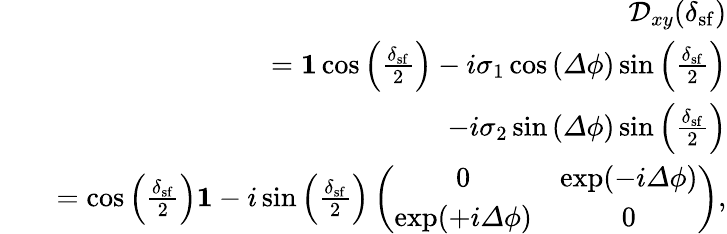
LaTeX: \begin{array}{rlr}&{}&{\mathcal{D}_{xy}(\delta_{\mathrm{sf}})}\\ &{}&{={\mathbf 1}\cos\left(\frac{\delta_{\mathrm{sf}}}{2}\right)-i\sigma_{1}\cos\left({\mathit\Delta\phi}\right)\sin\left(\frac{\delta_{\mathrm{sf}}}{2}\right)}\\ &{}&{-i\sigma_{2}\sin\left({\mathit\Delta\phi}\right)\sin\left(\frac{\delta_{\mathrm{sf}}}{2}\right)}\\ &{}&{=\cos\left(\frac{\delta_{\mathrm{sf}}}{2}\right){\mathbf 1}-i\sin\left(\frac{\delta_{\mathrm{sf}}}{2}\right)\left(\begin{array}{cc}{0}&{\exp(-i{\mathit\Delta\phi})}\\ {\exp(+i{\mathit\Delta\phi})}&{0}\end{array}\right),}\end{array}